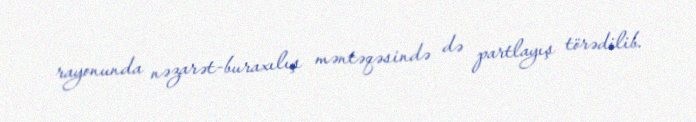
rayonunda nəzarət-buraxılış məntəqəsində də partlayış törədilib.